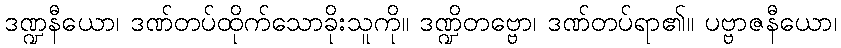
ဒဏ္ဍနီယော၊ ဒဏ်တပ်ထိုက်သောခိုးသူကို။ ဒဏ္ဍိတဗ္ဗော၊ ဒဏ်တပ်ရာ၏။ ပဗ္ဗာဇနီယော၊